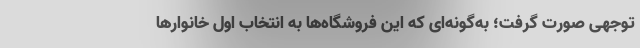
توجهی صورت گرفت؛ به‌گونه‌ای که این فروشگاه‌ها به انتخاب اول خانوارها